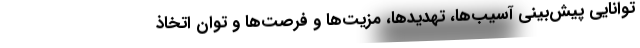
توانایی پیش‌بینی آسیب‌ها، تهدیدها، مزیت‌ها و فرصت‌ها و توان اتخاذ